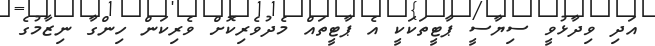
އަދި ވިދާޅުވީ ސިޔާސީ ޕާޓީތަކަކީ އެ ޕާޓީތައް މެދުވެރިކޮށް ވެރިކަން ހިންގާ ނިޒާމުގެ